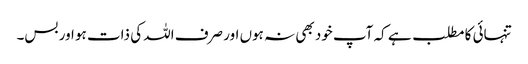
تنہائی کا مطلب ہے کہ آپ خود بھی نہ ہوں اور صرف اللہ کی ذات ہو اور بس۔